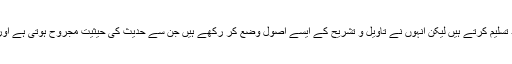
دوسری قسم ان لوگوں کی ہے جو صراحتاً حدیث کے منکرین ،بلکہ زبانی طور پر اس کو قابل اعتماد تسلیم کرتے ہیں لیکن انہوں نے تاویل و تشریح کے ایسے اصول وضع کر رکھے ہیں جن سے حدیث کی حیثیت مجروح ہوتی ہے اور لوگوں پر یہ تاثر قائم ہوتا ہے کہ سنت نبوی کو تشریعی اعتبار سے کوئی اہم مقام حاصل نہیں ہے ۔